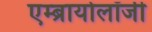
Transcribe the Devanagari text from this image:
एम्ब्रायोलॉजी